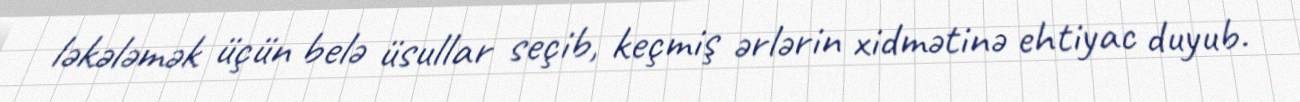
ləkələmək üçün belə üsullar seçib, keçmiş ərlərin xidmətinə ehtiyac duyub.